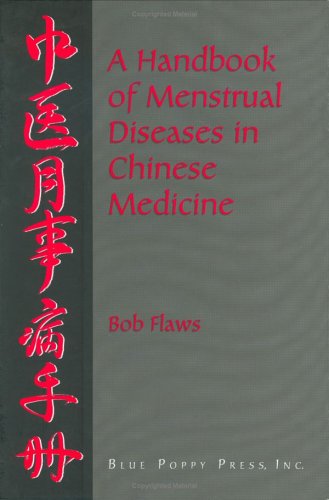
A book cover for A Handbook of Menstrual Diseases in Chinese Medicine; Robert S. Flaws; Health, Fitness & Dieting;